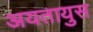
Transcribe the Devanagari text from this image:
अयतायुस